画像に写った文字を読んでください
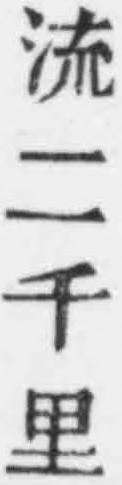
「流二千里」と書いてあります